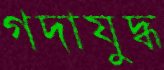
গদাযুদ্ধ